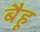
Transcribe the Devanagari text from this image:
बैहू